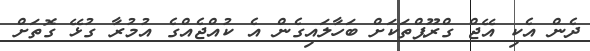
ދެން އެކި އޭޖް ގްރޫޕްތަކަށް ބަހާލައިގެން އެ ކުއްޖެއްގެ އުމުރާ ގުޅޭ ގޮތަށް